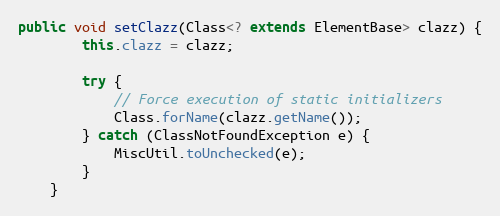
Language: Java
public void setClazz(Class<? extends ElementBase> clazz) {
        this.clazz = clazz;

        try {
            // Force execution of static initializers
            Class.forName(clazz.getName());
        } catch (ClassNotFoundException e) {
            MiscUtil.toUnchecked(e);
        }
    }